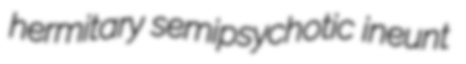
hermitary semipsychotic ineunt